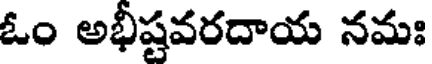
ఓం అభీషవరదాయ నమః